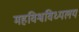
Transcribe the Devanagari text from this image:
महविश्वविध्यलय